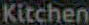
Kitchen